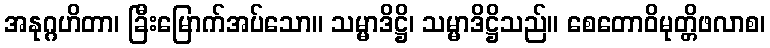
အနုဂ္ဂဟိတာ၊ ခြီးမြောက်အပ်သော။ သမ္မာဒိဋ္ဌိ၊ သမ္မာဒိဋ္ဌိသည်။ စေတောဝိမုတ္တိဖလာစ၊